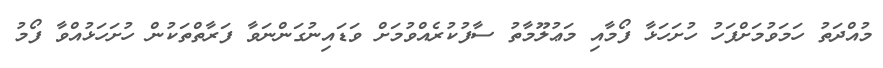
މުއްދަތު ހަމަވުމަށްފަހު ހުށަހަޅާ ފޯމާއި މަޢުލޫމާތު ސާފުކުރެއްވުމަށް ވަޑައިނުގަންނަވާ ފަރާތްތަކުން ހުށަހަޅުއްވާ ފޯމު